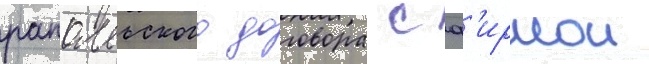
рапалльского договора с ф'ирмои